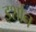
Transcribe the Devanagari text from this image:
इर्शान